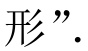
形”.